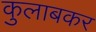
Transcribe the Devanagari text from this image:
कुलाबकर